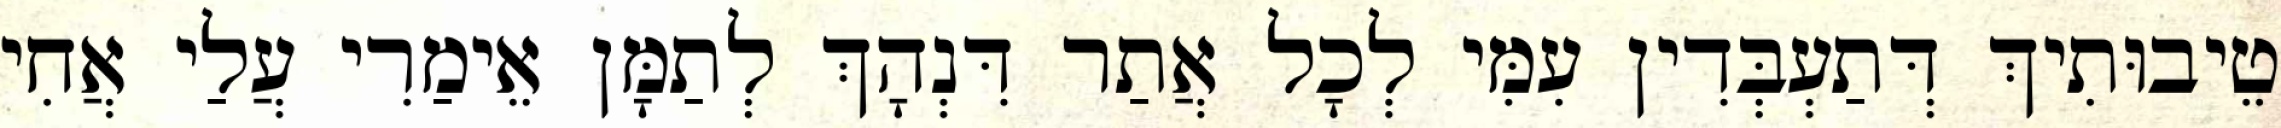
טֵיבוּתִיךְ דְּתַעְבְּדִין עִמִּי לְכָל אֲתַר דִּנְהָךְ לְתַמָּן אֵימַרִי עֲלַי אֲחִי